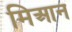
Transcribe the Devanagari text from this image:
मिआन